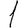
Digit: 1